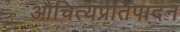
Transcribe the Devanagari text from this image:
औचित्यप्रतिपादन